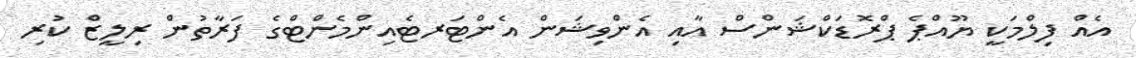
އެއް ފިލްމަކީ ޔޫއްޕެ ޕްރޮޑަކްޝަންސް އާއި އެންވިޝަން އެންޓަރޓެއިންމެންޓްގެ ފަރާތުން ރިލީޒް ކުރި